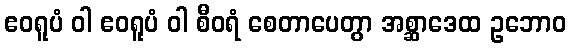
ဧဝရူပံ ဝါ ဧဝရူပံ ဝါ စီဝရံ စေတာပေတွာ အစ္ဆာဒေထ ဥဘောဝ